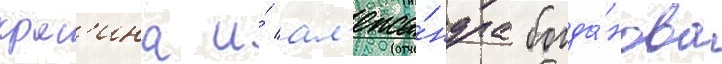
крас'ина и́ ал'екса́ндра богда́нова